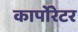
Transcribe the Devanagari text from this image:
कार्पोरेटर